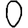
Digit: 0